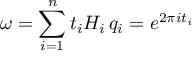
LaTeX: \omega = \sum _ { i = 1 } ^ { n } t _ { i } H _ { i } \, q _ { i } = e ^ { 2 \pi i t _ { i } }